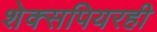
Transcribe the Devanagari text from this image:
शेक्सपियरही